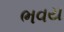
ભવય